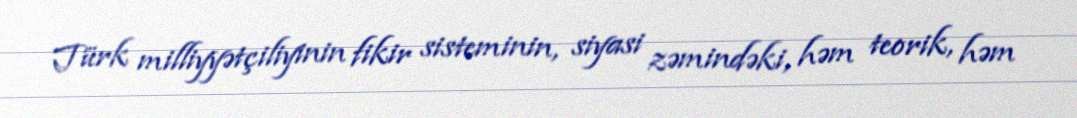
Türk milliyyətçiliyinin fikir sisteminin, siyasi zəmindəki, həm teorik, həm